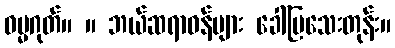
ဓမ္မဂုတ်။ ။ ဘယ်ဆရာဝန်များ ခေါ်ပြသေးတုန်း။